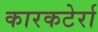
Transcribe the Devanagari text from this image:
कारकटेर्रा